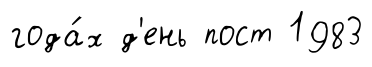
года́х д'ень пост 1983